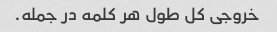
خروجی کل طول هر کلمه در جمله.